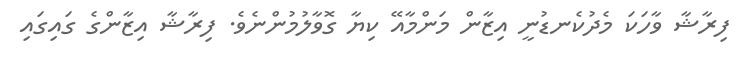
ފިރާޝާ ވާހަކަ މެދުކެނޑުނީ އިޒާން މަންމާއޭ ކިޔާ ގޮވާލުމުންނެވެ. ފިރާޝާ އިޒާންގެ ގައިގައި